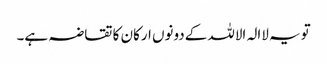
تویہ لاالہ الاللہ کےدونوں ارکان کا تقاضہ ہے۔